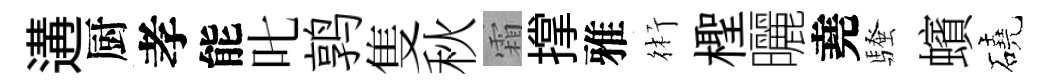
遘厨孝能叱鹑隻秋霜撑雅術檉曬堯騷蠙磽